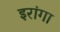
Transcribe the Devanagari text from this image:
इरांगा